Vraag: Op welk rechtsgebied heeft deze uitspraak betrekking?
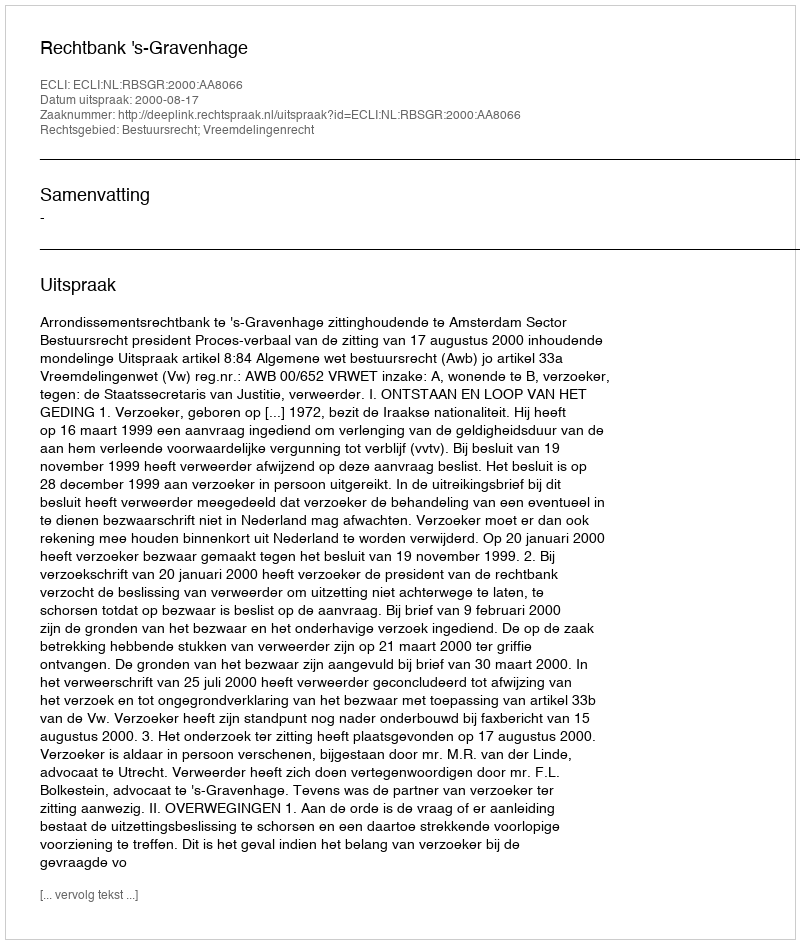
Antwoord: Bestuursrecht; Vreemdelingenrecht